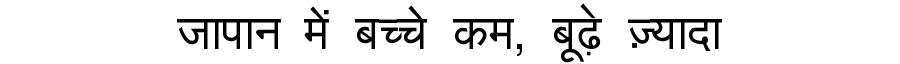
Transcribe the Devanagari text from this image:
जापान में बच्चे कम, बूढ़े ज़्यादा